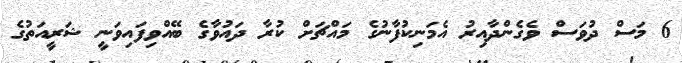
6 މަސް ދުވަސް ވެގެންދާއިރު އެމަނިކުފާނުގެ މައްޗަށް ކުރާ ދައުވާގެ ބޭއްވިފައިވަނީ ޝަރީއަތުގެ